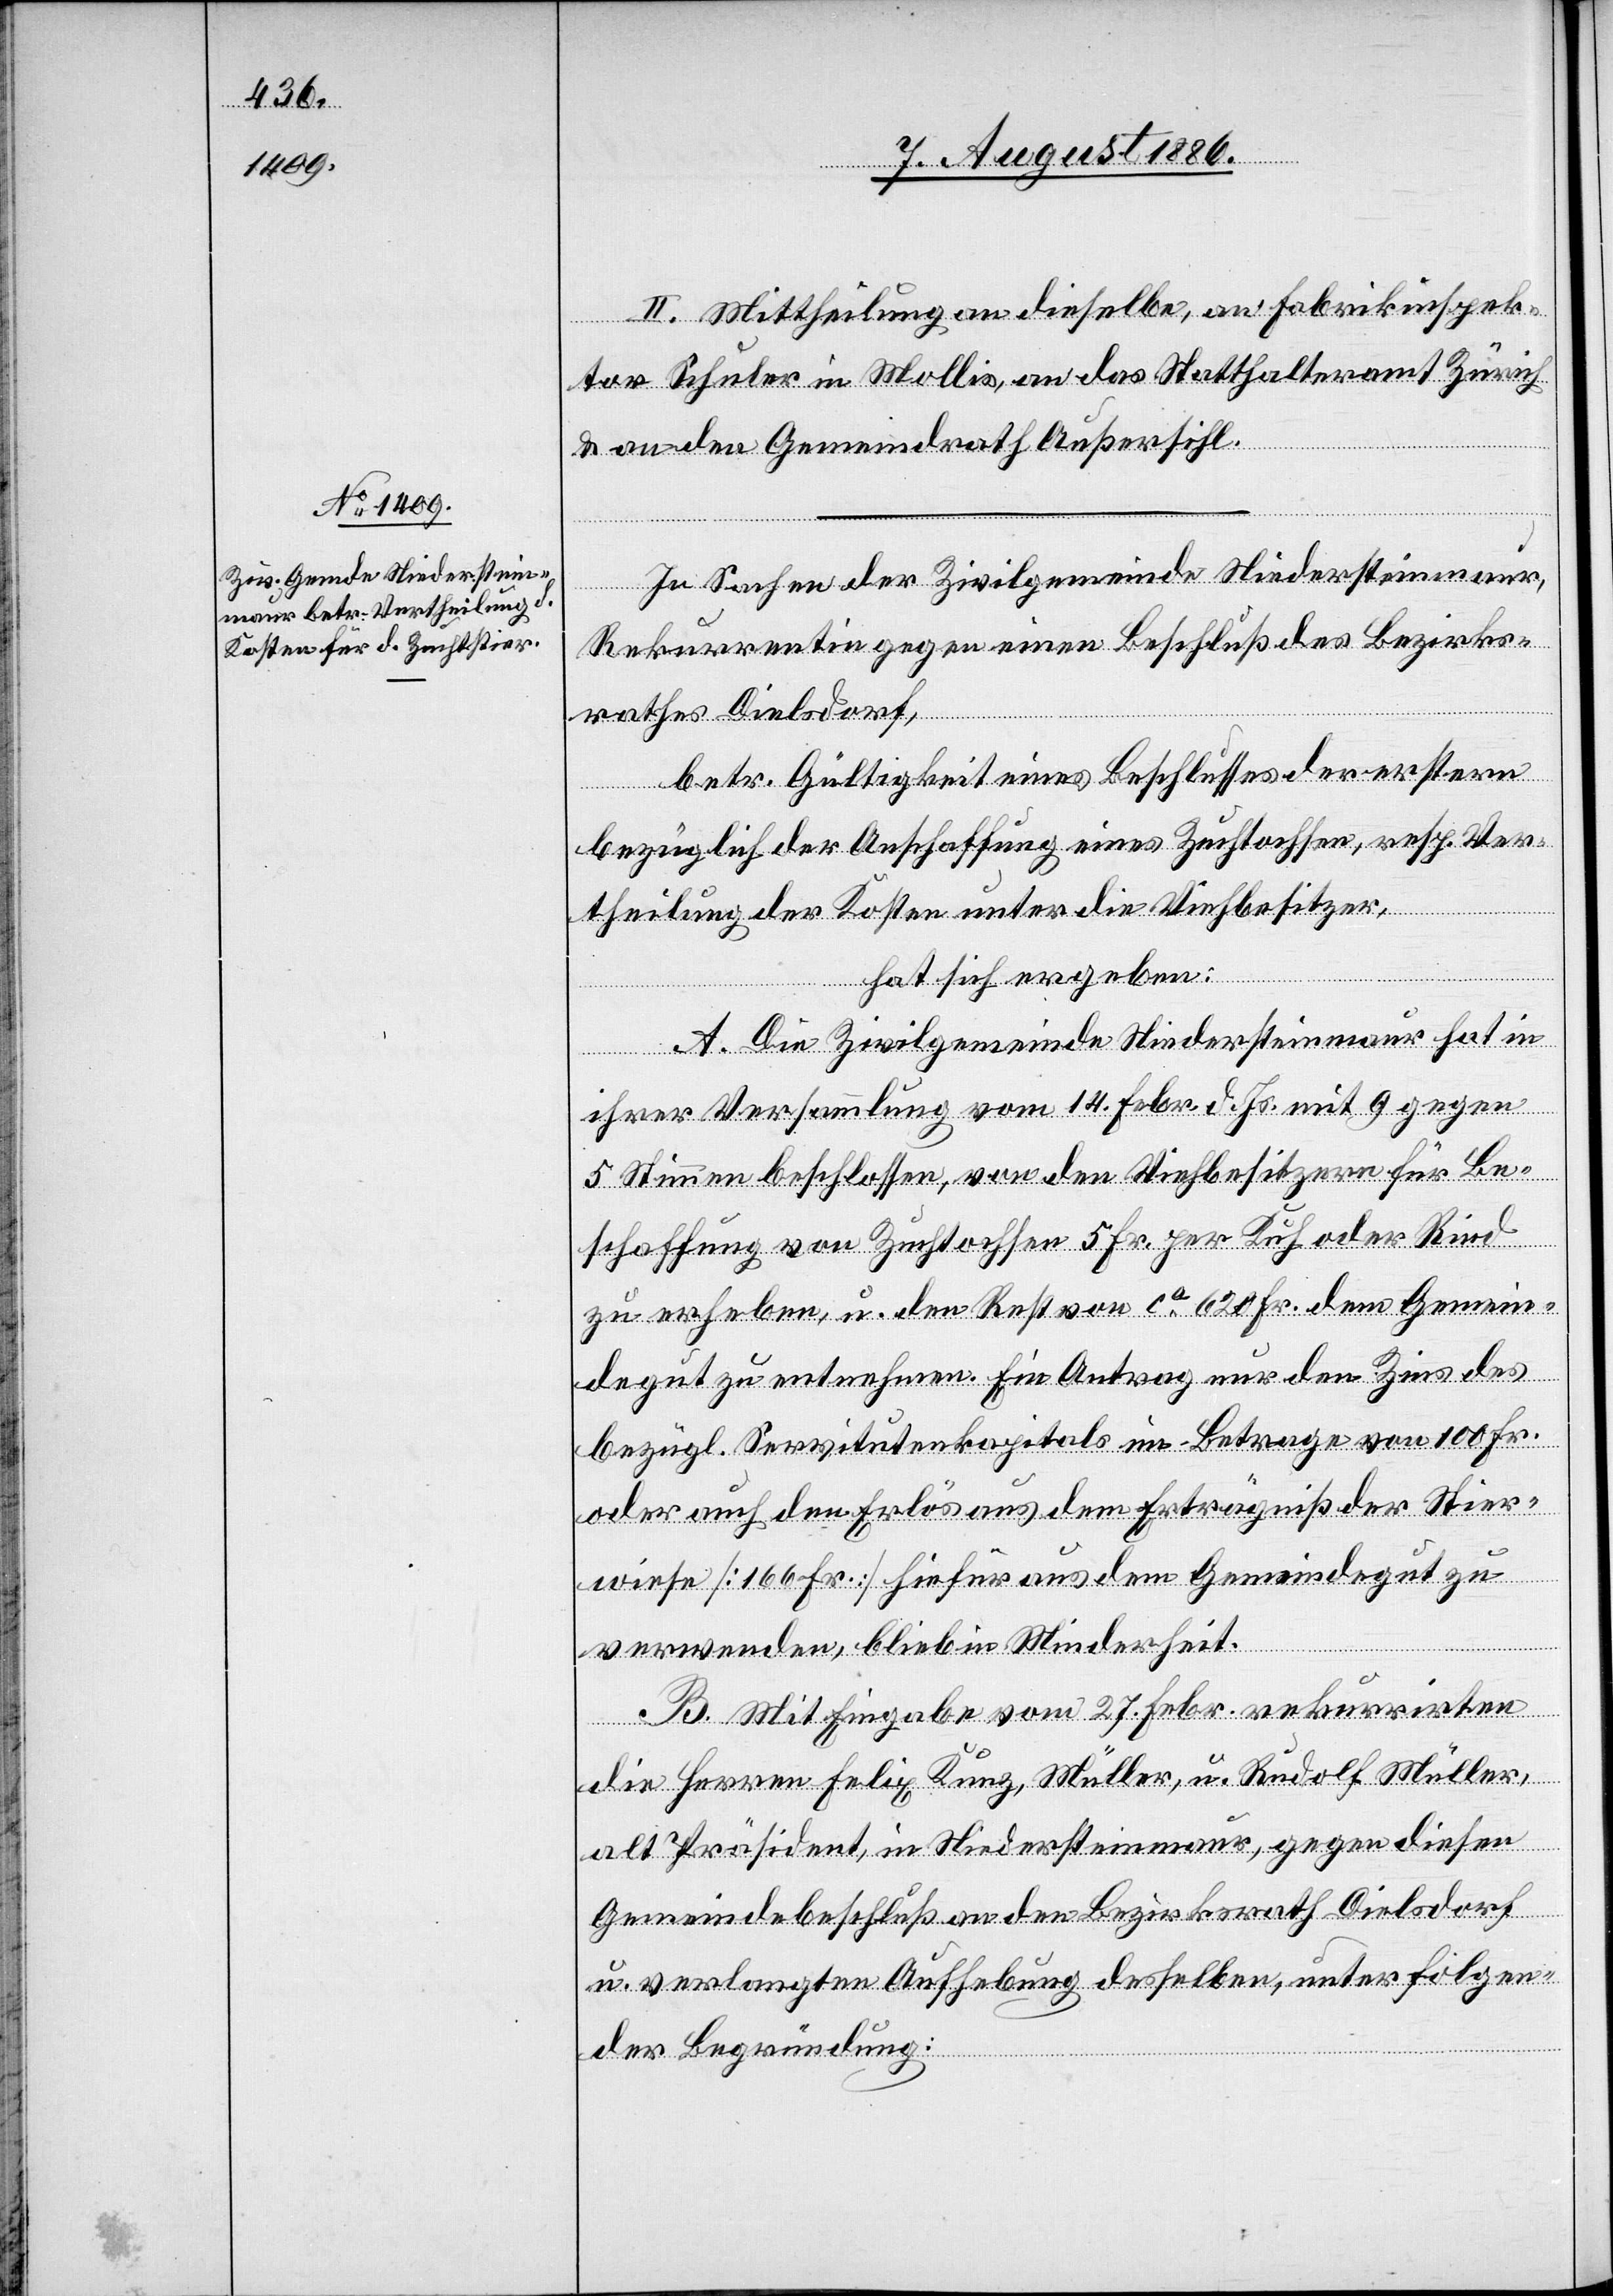
II. Mittheilung an dieselbe, an Fabrikinspek¬
tor Schuler in Mollis, an das Statthalteramt Zürich
& an den Gemeindrath Außersihl.
In Sachen der Zivilgemeinde Niedersteinmaur,
Rekurrentin gegen einen Beschluß des Bezirks¬
rathes Dielsdorf,
betr. Gültigkeit eines Beschlusses der erstern
bezüglich der Anschaffung eines Zuchtochsen, resp. Ver¬
theilung der Kosten unter die Viehbesitzer,
hat sich ergeben:
A. Die Zivilgemeinde Niedersteinmaur hat in
ihrer Versammlung vom 14. Febr. d. Js. mit 9 gegen
5 Stimmen beschlossen, von den Viehbesitzern für Be¬
schaffung von Zuchtochsen 5 Fr. per Kuh oder Rind
zu erheben, u. den Rest von ca 620 Fr. dem Gemein¬
degut zu entnehmen. Ein Antrag nur den Zins des
bezügl. Servitutenkapitals im Betrage von 100 Fr.
oder auch den Erlös aus dem Erträgniß der Stier¬
wiese [166 Fr.] hiefür aus dem Gemeindegut zu
verwenden, blieb in Minderheit.
B. Mit Eingabe vom 27. Febr. rekurrirten
die Herren Felix Kunz, Müller, u. Rudolf Müller,
alt Präsident, in Niedersteinmaur, gegen diesen
Gemeindebeschluß an den Bezirksrath Dielsdorf
u. verlangten Aufhebung desselben, unter folgen¬
der Begründung: